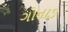
ગોનાડ